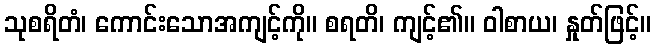
သုစရိတံ၊ ကောင်းသောအကျင့်ကို။ စရတိ၊ ကျင့်၏။ ဝါစာယ၊ နှုတ်ဖြင့်။